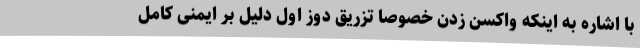
با اشاره به اینکه واکسن زدن خصوصا تزریق دوز اول دلیل بر ایمنی کامل